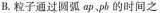
B.粒子通过圆弧ap pb的时间之